Newspaper: Fayetteville observer. [volume]
Place of publication: Fayetteville, Tenn.
Publisher: Alfred H. Berry
Date: 1875-02-11 00:00:00
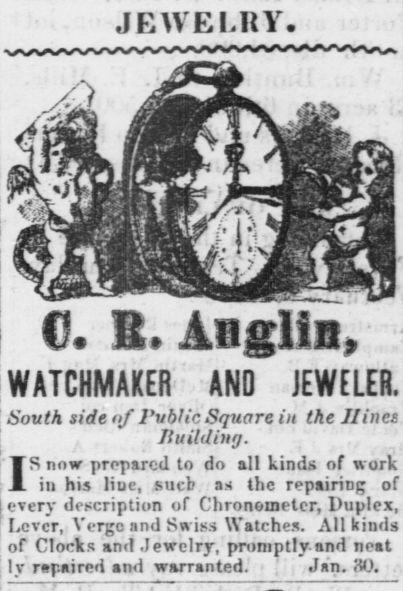
Advertisement text (OCR):
JEWELRY. . E AngIIn ! WATCHMAKER AND JEWELER. , h aj VvhU(, g in the JIines ...f. t. .P,.l t a Ha .ll li nt I ; u ' ;:.; . " ;: "f - . l , Lever, A ergo and Swiss A atches. All kinds ot Llocks and Jewelry, pnimptiy ana neat Jan. oO. ly repaired and warranted. -
Label: illustrations